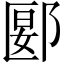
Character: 郾